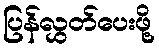
ပြန်လွှတ်ပေးဖို့